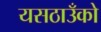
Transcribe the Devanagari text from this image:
यसठाउँको